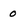
Character: 0